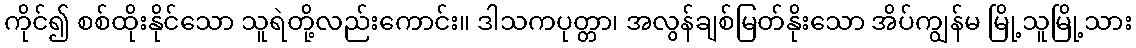
ကိုင်၍ စစ်ထိုးနိုင်သော သူရဲတို့လည်းကောင်း။ ဒါသကပုတ္တာ၊ အလွန်ချစ်မြတ်နိုးသော အိပ်ကျွန်မ မြို့သူမြို့သား